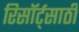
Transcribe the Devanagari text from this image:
रिसॉर्ट्‌साठी